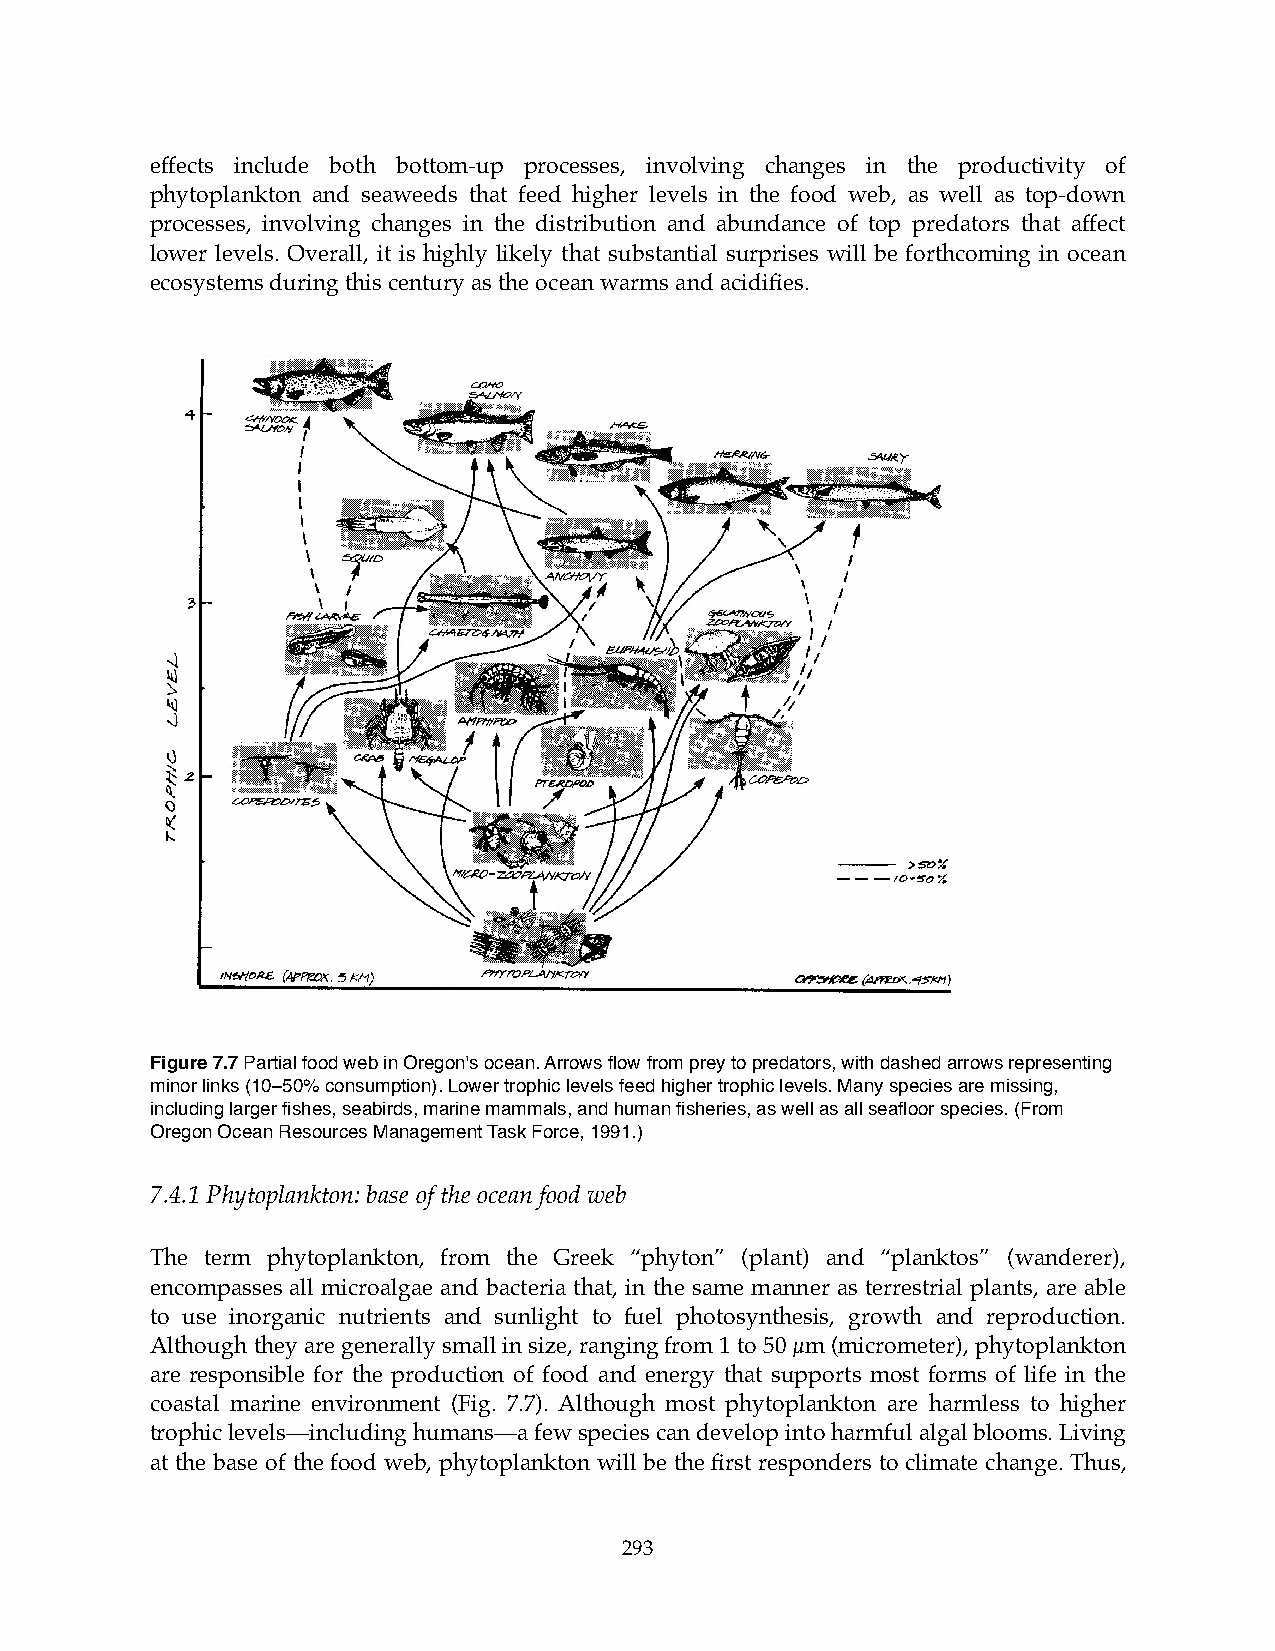
effects include both bottom-up processes, involving changes in the productivity of
 phytoplankton and seaweeds that feed higher levels in the food web, as well as top-down
 processes, involving changes in the distribution and abundance of top predators that affect
 lower levels. Overall, it is highly likely that substantial surprises will be forthcoming in ocean
 ecosystems during this century as the ocean warms and acidifies.
 Figure 7.7 Partial food web in Oregon's ocean. Arrows flow from prey to predators, with dashed arrows representing
 minor links (10–50% consumption). Lower trophic levels feed higher trophic levels. Many species are missing,
 including larger fishes, seabirds, marine mammals, and human fisheries, as well as all seafloor species. (From
 Oregon Ocean Resources Management Task Force, 1991.)
 7.4.1 Phytoplankton: base of the ocean food web
 The term phytoplankton, from the Greek “phyton” (plant) and “planktos” (wanderer),
 encompasses all microalgae and bacteria that, in the same manner as terrestrial plants, are able
 to use inorganic nutrients and sunlight to fuel photosynthesis, growth and reproduction.
 Although they are generally small in size, ranging from 1 to 50 µm (micrometer), phytoplankton
 are responsible for the production of food and energy that supports most forms of life in the
 coastal marine environment (Fig. 7.7). Although most phytoplankton are harmless to higher
 trophic levels—including humans—a few species can develop into harmful algal blooms. Living
 at the base of the food web, phytoplankton will be the first responders to climate change. Thus,
 293